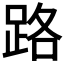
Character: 路